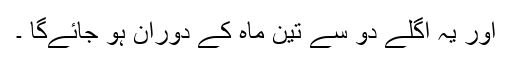
اور یہ اگلے دو سے تین ماہ کے دوران ہو جائےگا ۔